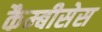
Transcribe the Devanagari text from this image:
कैम्बीसेस